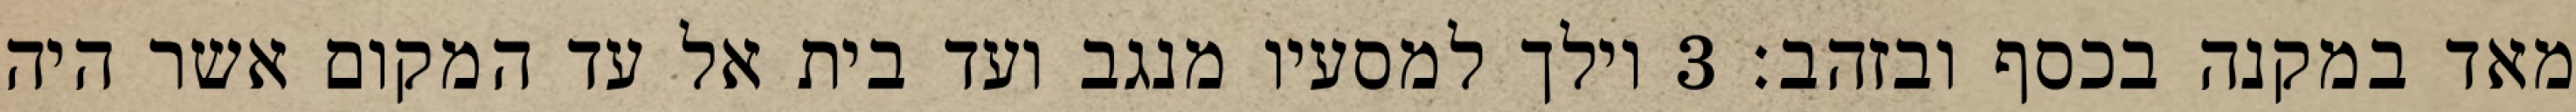
מאד במקנה בכסף ובזהב׃ ‎3‏ וילך למסעיו מנגב ועד בית אל עד המקום אשר היה